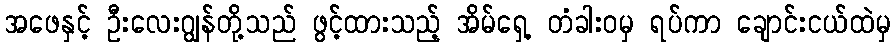
အဖေနှင့် ဦးလေးဂျွန်တို့သည် ဖွင့်ထားသည့် အိမ်ရှေ့ တံခါးဝမှ ရပ်ကာ ချောင်းငယ်ထဲမှ